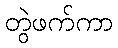
တွဲဖက်ကာ